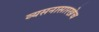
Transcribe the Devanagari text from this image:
व्यसनासारखेच